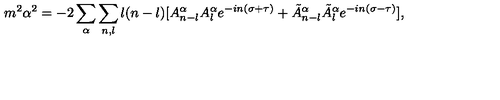
m ^ { 2 } \alpha ^ { 2 } = - 2 \sum _ { \alpha } \sum _ { n , l } l ( n - l ) [ A _ { n - l } ^ { \alpha } A _ { l } ^ { \alpha } e ^ { - i n ( \sigma + \tau ) } + \tilde { A } _ { n - l } ^ { \alpha } \tilde { A } _ { l } ^ { \alpha } e ^ { - i n ( \sigma - \tau ) } ] ,